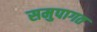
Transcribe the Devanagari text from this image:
समुपागत